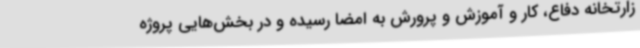
زارتخانه دفاع، کار و آموزش و پرورش به امضا رسیده و در بخش‌هایی‌ پروژه